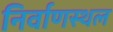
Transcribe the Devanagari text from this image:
निर्वाणस्थल